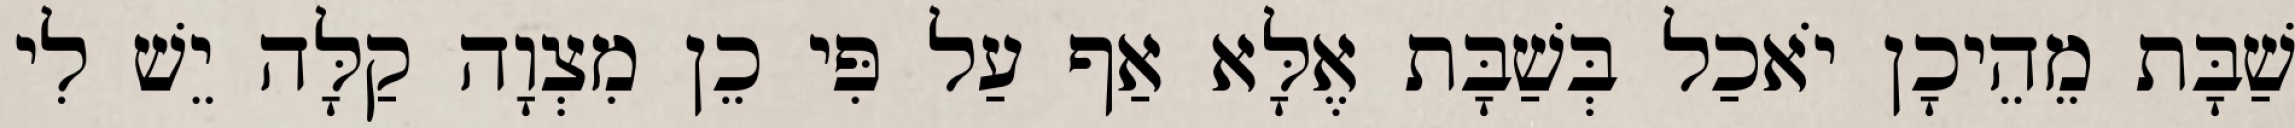
שַׁבָּת מֵהֵיכָן יֹאכַל בְּשַׁבָּת אֶלָּא אַף עַל פִּי כֵן מִצְוָה קַלָּה יֵשׁ לִי